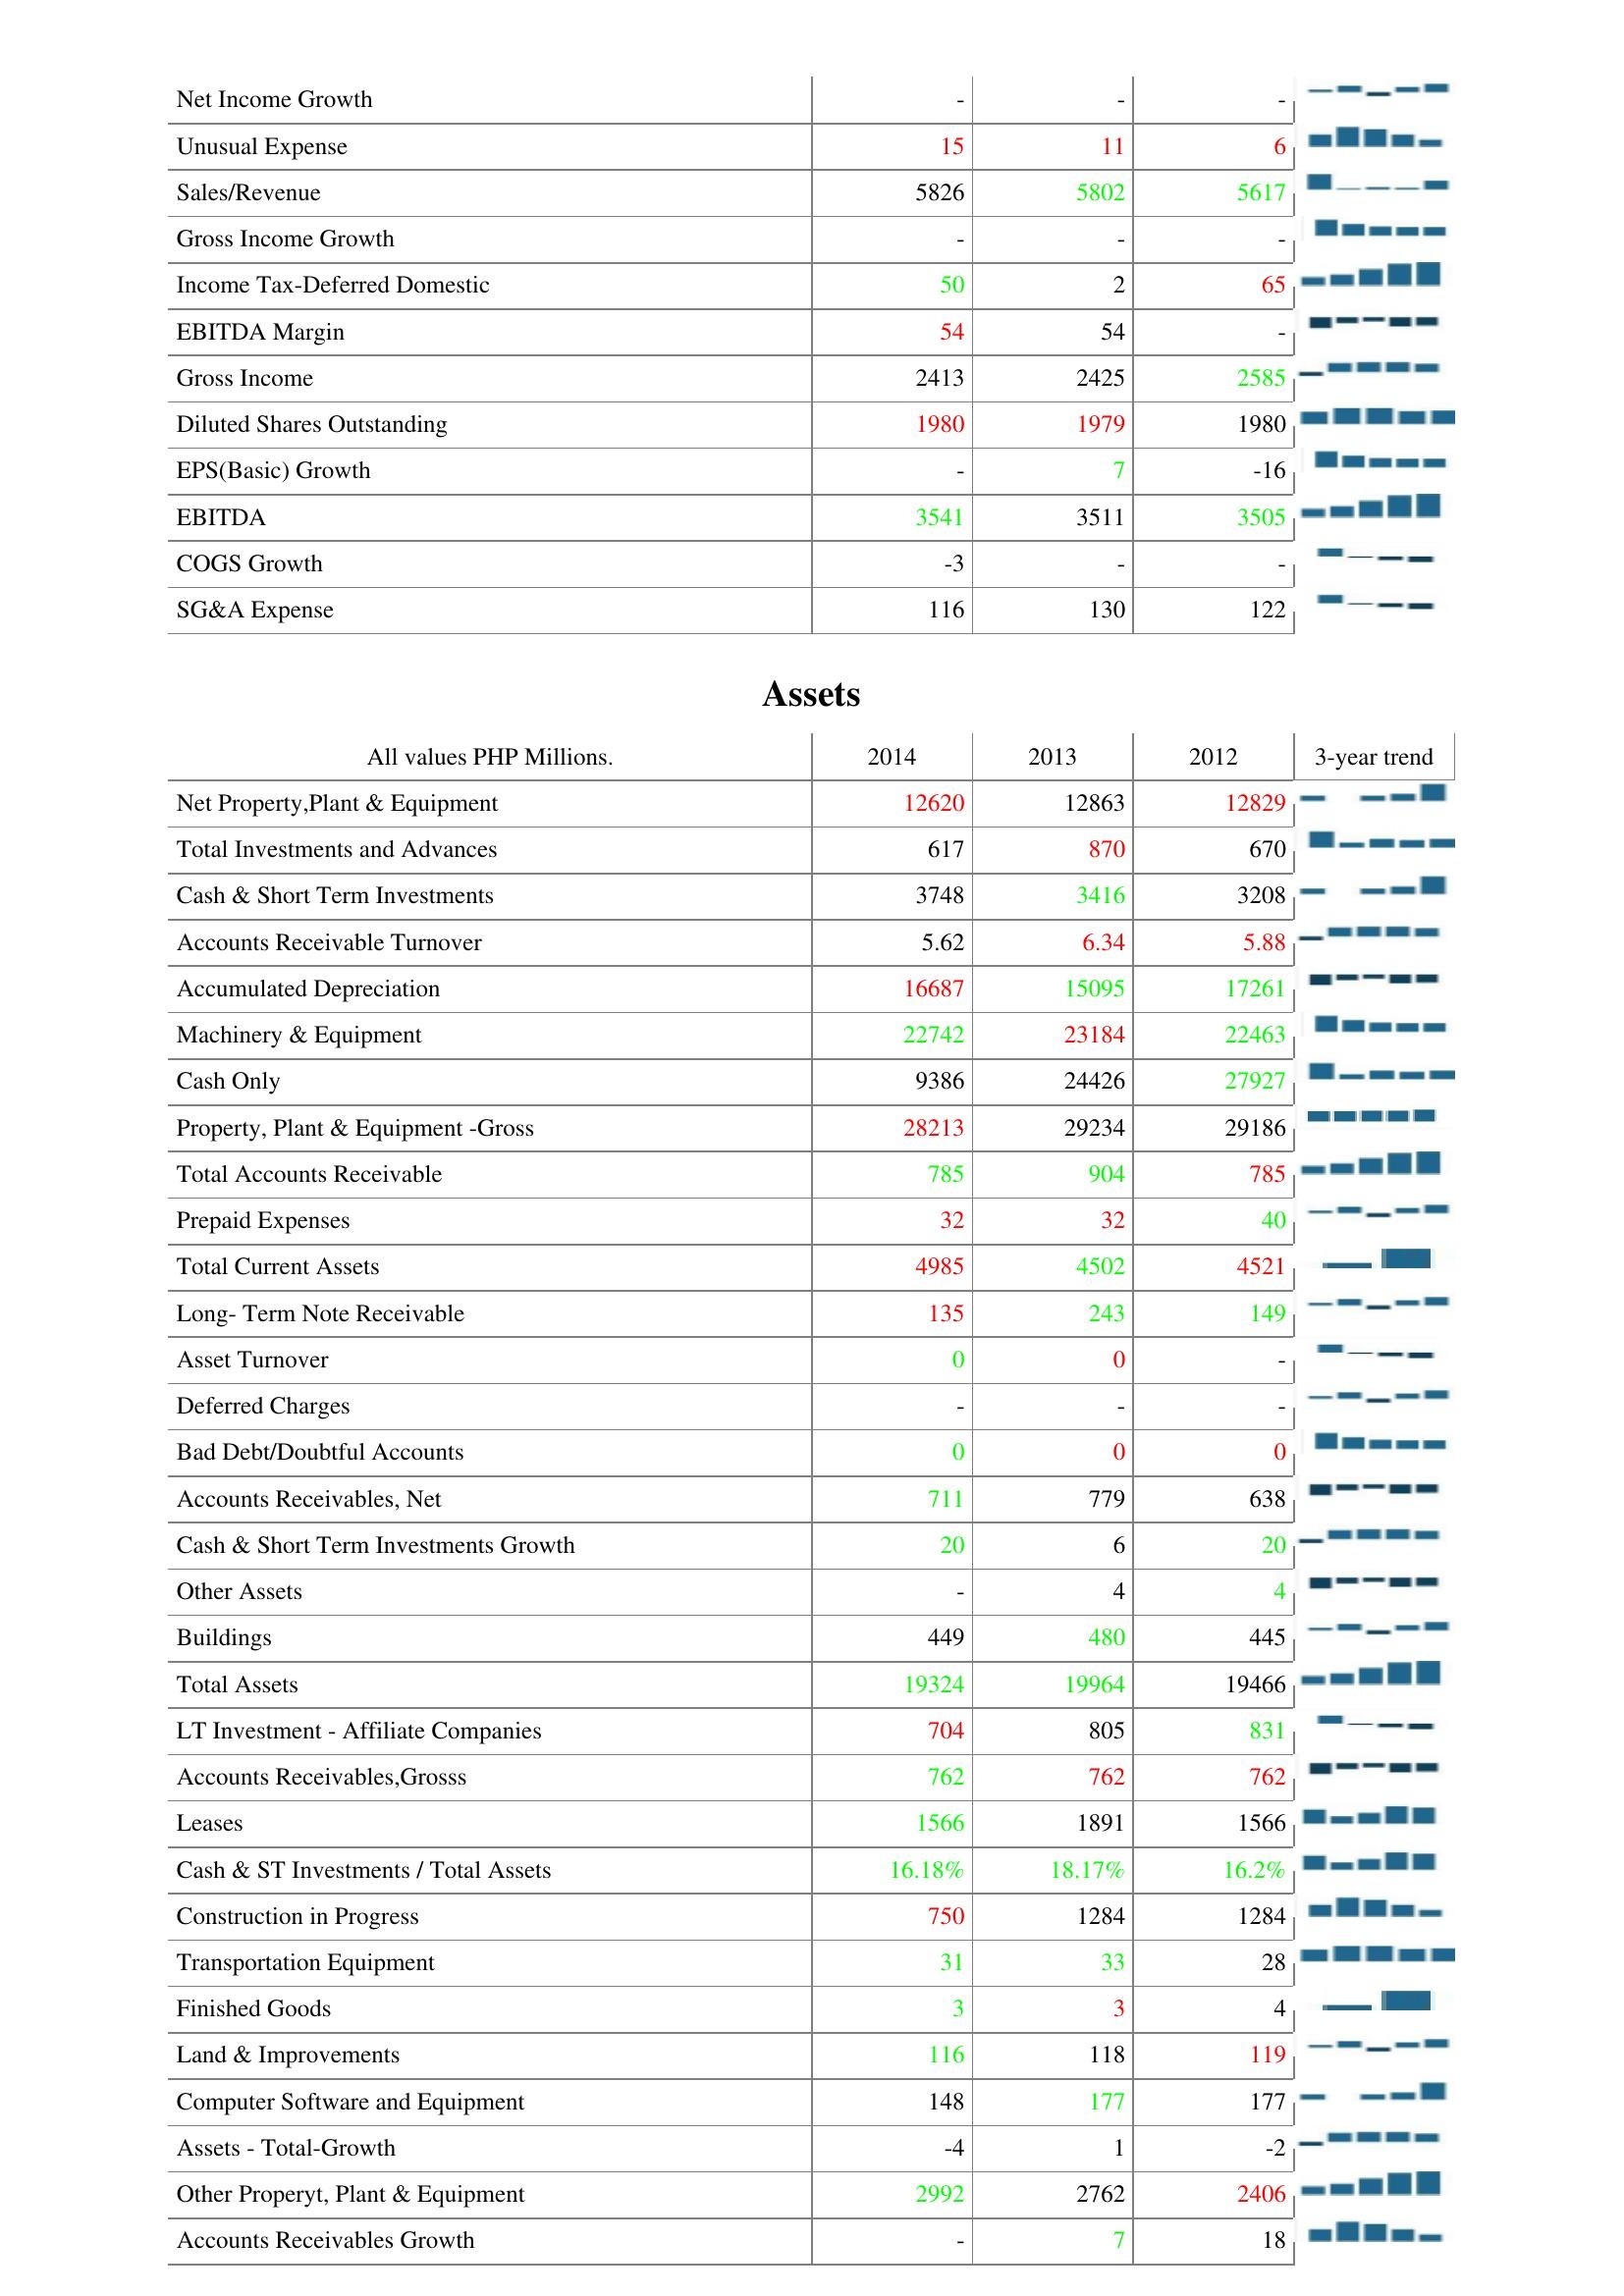
2014: : Net Income Growth: -
Unusual Expense: 15
Sales/Revenue: 5826
Gross Income Growth: -
Income Tax-Deferred Domestic: 50
EBITDA Margin: 54
Gross Income: 2413
Diluted Shares Outstanding: 1980
EPS(Basic) Growth: -
EBITDA: 3541
COGS Growth: -3
SG&A Expense: 116
Assets: Net Property,Plant & Equipment: 12620
Total Investments and Advances: 617
Cash & Short Term Investments: 3748
Accounts Receivable Turnover: 5.62
Accumulated Depreciation: 16687
Machinery & Equipment: 22742
Cash Only: 9386
Property, Plant & Equipment -Gross: 28213
Total Accounts Receivable: 785
Prepaid Expenses: 32
Total Current Assets: 4985
Long- Term Note Receivable: 135
Asset Turnover: 0
Deferred Charges: -
Bad Debt/Doubtful Accounts: 0
Accounts Receivables, Net: 711
Cash & Short Term Investments Growth: 20
Other Assets: -
Buildings: 449
Total Assets: 19324
LT Investment - Affiliate Companies: 704
Accounts Receivables,Grosss: 762
Leases: 1566
Cash & ST Investments / Total Assets: 16.18%
Construction in Progress: 750
Transportation Equipment: 31
Finished Goods: 3
Land & Improvements: 116
Computer Software and Equipment: 148
Assets - Total-Growth: -4
Other Properyt, Plant & Equipment: 2992
Accounts Receivables Growth: -
2013: : Net Income Growth: -
Unusual Expense: 11
Sales/Revenue: 5802
Gross Income Growth: -
Income Tax-Deferred Domestic: 2
EBITDA Margin: 54
Gross Income: 2425
Diluted Shares Outstanding: 1979
EPS(Basic) Growth: 7
EBITDA: 3511
COGS Growth: -
SG&A Expense: 130
Assets: Net Property,Plant & Equipment: 12863
Total Investments and Advances: 870
Cash & Short Term Investments: 3416
Accounts Receivable Turnover: 6.34
Accumulated Depreciation: 15095
Machinery & Equipment: 23184
Cash Only: 24426
Property, Plant & Equipment -Gross: 29234
Total Accounts Receivable: 904
Prepaid Expenses: 32
Total Current Assets: 4502
Long- Term Note Receivable: 243
Asset Turnover: 0
Deferred Charges: -
Bad Debt/Doubtful Accounts: 0
Accounts Receivables, Net: 779
Cash & Short Term Investments Growth: 6
Other Assets: 4
Buildings: 480
Total Assets: 19964
LT Investment - Affiliate Companies: 805
Accounts Receivables,Grosss: 762
Leases: 1891
Cash & ST Investments / Total Assets: 18.17%
Construction in Progress: 1284
Transportation Equipment: 33
Finished Goods: 3
Land & Improvements: 118
Computer Software and Equipment: 177
Assets - Total-Growth: 1
Other Properyt, Plant & Equipment: 2762
Accounts Receivables Growth: 7
2012: : Net Income Growth: -
Unusual Expense: 6
Sales/Revenue: 5617
Gross Income Growth: -
Income Tax-Deferred Domestic: 65
EBITDA Margin: -
Gross Income: 2585
Diluted Shares Outstanding: 1980
EPS(Basic) Growth: -16
EBITDA: 3505
COGS Growth: -
SG&A Expense: 122
Assets: Net Property,Plant & Equipment: 12829
Total Investments and Advances: 670
Cash & Short Term Investments: 3208
Accounts Receivable Turnover: 5.88
Accumulated Depreciation: 17261
Machinery & Equipment: 22463
Cash Only: 27927
Property, Plant & Equipment -Gross: 29186
Total Accounts Receivable: 785
Prepaid Expenses: 40
Total Current Assets: 4521
Long- Term Note Receivable: 149
Asset Turnover: -
Deferred Charges: -
Bad Debt/Doubtful Accounts: 0
Accounts Receivables, Net: 638
Cash & Short Term Investments Growth: 20
Other Assets: 4
Buildings: 445
Total Assets: 19466
LT Investment - Affiliate Companies: 831
Accounts Receivables,Grosss: 762
Leases: 1566
Cash & ST Investments / Total Assets: 16.2%
Construction in Progress: 1284
Transportation Equipment: 28
Finished Goods: 4
Land & Improvements: 119
Computer Software and Equipment: 177
Assets - Total-Growth: -2
Other Properyt, Plant & Equipment: 2406
Accounts Receivables Growth: 18